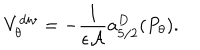
V _ { \theta } ^ { d i v } = - { \frac { 1 } { \epsilon { \cal A } } } a _ { 5 / 2 } ^ { D } ( P _ { \theta } ) .